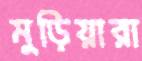
মুড়িয়ারা